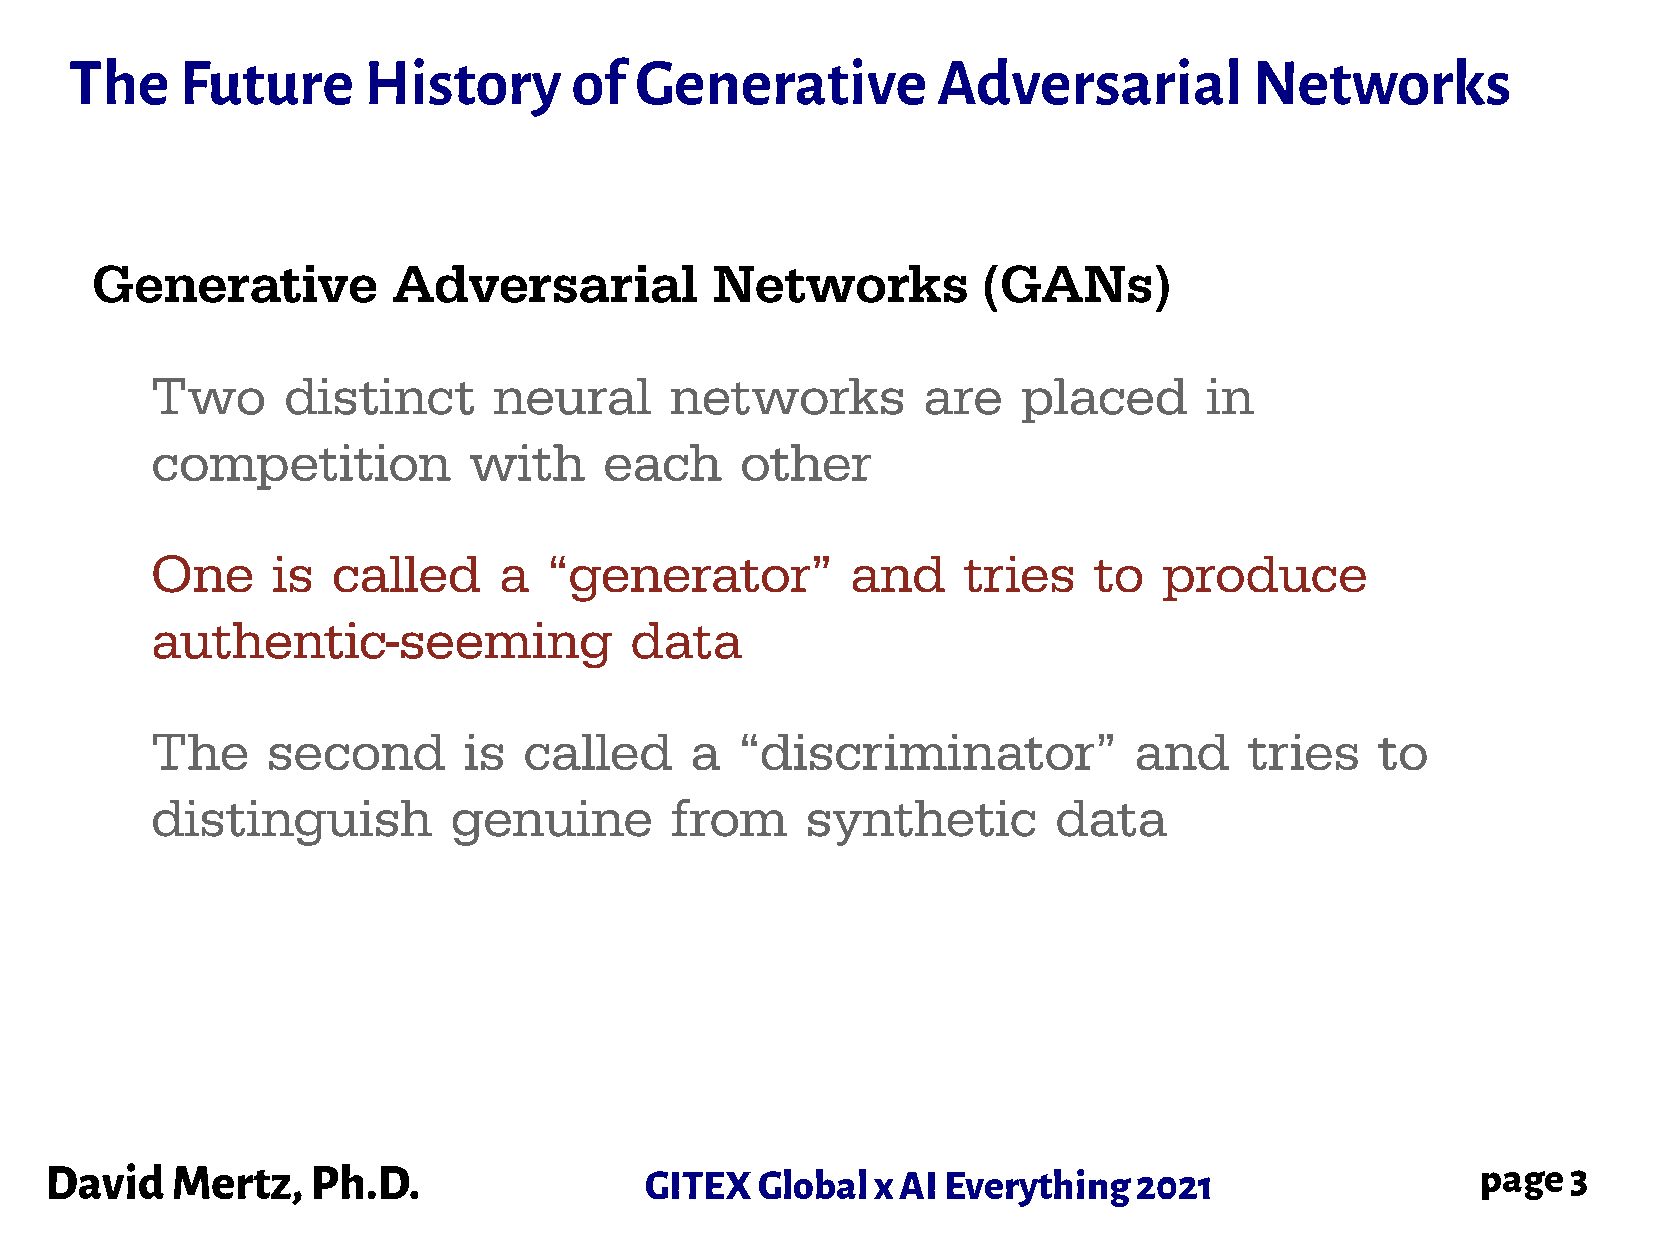
The    Future      History       of  Generative          Adversarial          Networks
 Generative          Adversarial          Networks          (GANs)
 Two      distinct      neural     networks         are    placed      in
 competition          with     each     other
 One     is  called     a  “generator”         and     tries   to   produce
 authentic-seeming               data
 The     second       is  called     a  “discriminator”           and     tries   to
 distinguish         genuine       from     synthetic        data
 David   Mertz,    Ph.D.                 GITEX  Global  x AI Everything  2021                   page  3